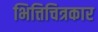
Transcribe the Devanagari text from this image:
भित्तिचित्रकार